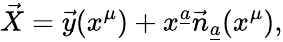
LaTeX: \vec{X}=\vec{y}(x^{\mu})+x^{\underline{{a}}}\vec{n}_{\underline{{a}}}(x^{\mu}),